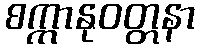
စက္ကာနုဝတ္တနာ